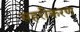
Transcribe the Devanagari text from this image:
सहरीकरण